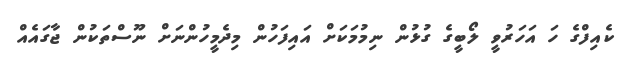
ކެއިފްގެ ހަ އަހަރުވީ ލޯބީގެ ގުޅުން ނިމުމަކަށް އައިފަހުން މިދެމީހުންނަށް ނޫސްތަކުން ޖާގައެއް